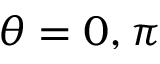
\theta = 0 , \pi